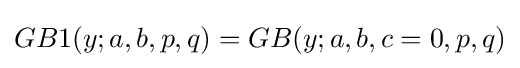
GB1(y;a,b,p,q)=GB(y;a,b,c=0,p,q)